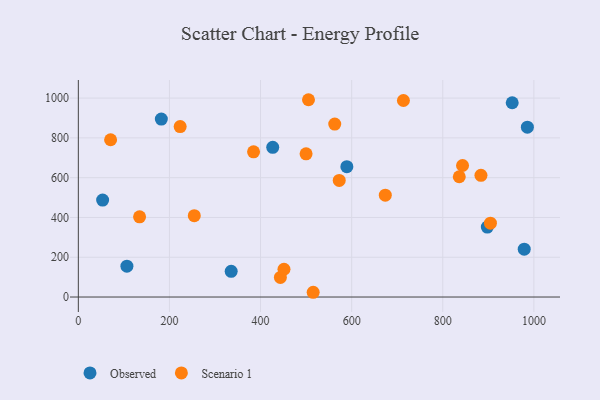
{"axis": {"x": "Study Hours", "y": "Fuel Efficiency"}, "legend": ["Observed", "Scenario 1"], "data": [{"x": "53.3", "y": 487.5, "type": "Observed"}, {"x": "985.7", "y": 853.6, "type": "Observed"}, {"x": "952.4", "y": 976.7, "type": "Observed"}, {"x": "426.7", "y": 752.3, "type": "Observed"}, {"x": "106.6", "y": 155.2, "type": "Observed"}, {"x": "182.2", "y": 894.5, "type": "Observed"}, {"x": "589.4", "y": 655.5, "type": "Observed"}, {"x": "335.5", "y": 129.4, "type": "Observed"}, {"x": "978.8", "y": 240.6, "type": "Observed"}, {"x": "897.8", "y": 351.4, "type": "Observed"}, {"x": "134.4", "y": 403.2, "type": "Scenario 1"}, {"x": "254.5", "y": 409.1, "type": "Scenario 1"}, {"x": "515.5", "y": 23.9, "type": "Scenario 1"}, {"x": "443.5", "y": 98.3, "type": "Scenario 1"}, {"x": "713.6", "y": 987.9, "type": "Scenario 1"}, {"x": "562.8", "y": 869.3, "type": "Scenario 1"}, {"x": "70.8", "y": 790.7, "type": "Scenario 1"}, {"x": "505.2", "y": 991.8, "type": "Scenario 1"}, {"x": "904.6", "y": 371.1, "type": "Scenario 1"}, {"x": "499.9", "y": 719.7, "type": "Scenario 1"}, {"x": "384.6", "y": 729.7, "type": "Scenario 1"}, {"x": "572.7", "y": 585.9, "type": "Scenario 1"}, {"x": "223.5", "y": 857.0, "type": "Scenario 1"}, {"x": "883.8", "y": 611.7, "type": "Scenario 1"}, {"x": "673.8", "y": 512.1, "type": "Scenario 1"}, {"x": "451.4", "y": 139.7, "type": "Scenario 1"}, {"x": "843.4", "y": 661.1, "type": "Scenario 1"}, {"x": "836.2", "y": 604.6, "type": "Scenario 1"}]}